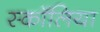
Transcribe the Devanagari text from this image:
स्कॉलिया